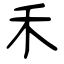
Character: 禾